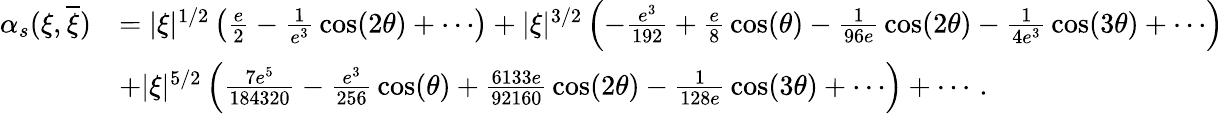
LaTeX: \begin{array}{rl}{\alpha_{s}(\xi,\overline{{\xi}})}&{=|\xi|^{1/2}\left({\frac{e}{2}}-{\frac{1}{e^{3}}}\cos(2\theta)+\cdots\right)+|\xi|^{3/2}\left(-{\frac{e^{3}}{192}}+{\frac{e}{8}}\cos(\theta)-{\frac{1}{96e}}\cos(2\theta)-{\frac{1}{4e^{3}}}\cos(3\theta)+\cdots\right)}\\ &{+|\xi|^{5/2}\left({\frac{7e^{5}}{184320}}-{\frac{e^{3}}{256}}\cos(\theta)+{\frac{6133e}{92160}}\cos(2\theta)-{\frac{1}{128e}}\cos(3\theta)+\cdots\right)+\cdots\, .}\end{array}